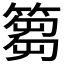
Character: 篘